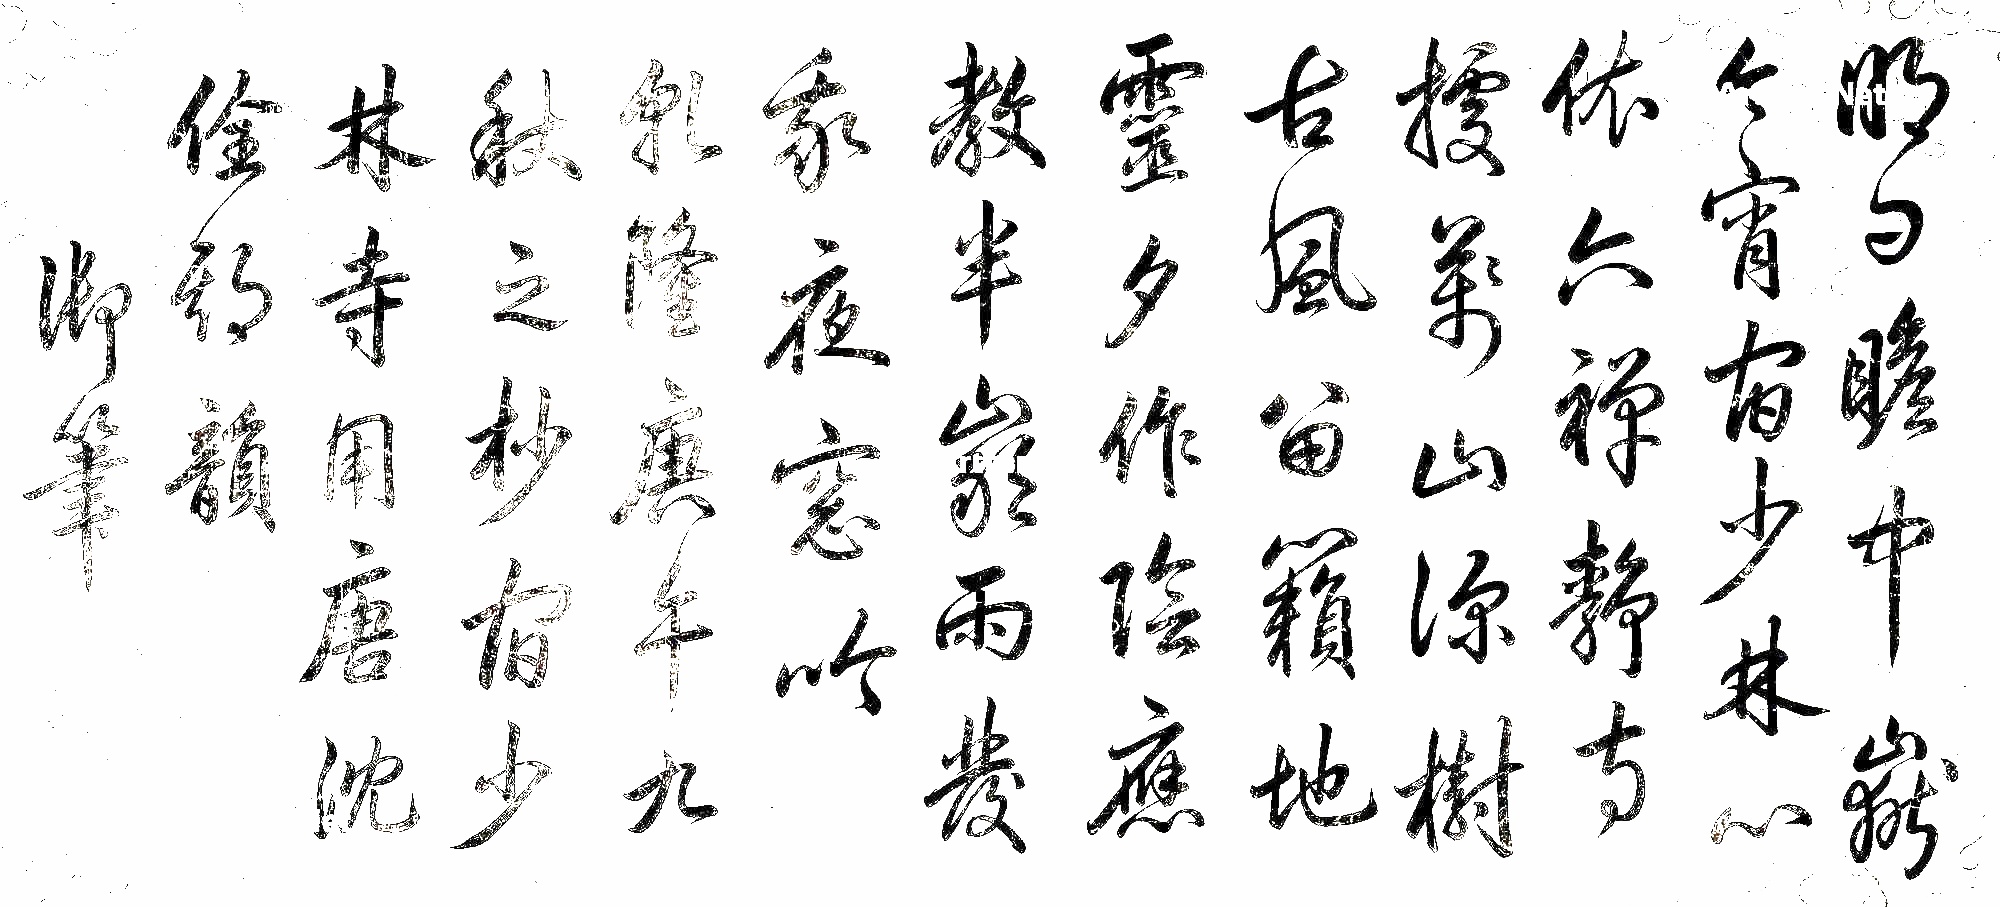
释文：明日瞻中岳，今宵宿少林。心依六禅静，寺据万山深。树古风留籁，地灵夕作阴。应教半岩雨，发我夜窗吟。乾隆庚午（1750年）九秋之杪，宿少林寺，用唐沈佺期韵，御笔。